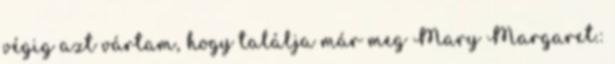
végig azt vártam, hogy találja már meg Mary Margaret.: